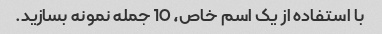
با استفاده از یک اسم خاص، 10 جمله نمونه بسازید.